Lunatic asylums Bombay report 1878-1890 - 1878-1890
Year: 1878
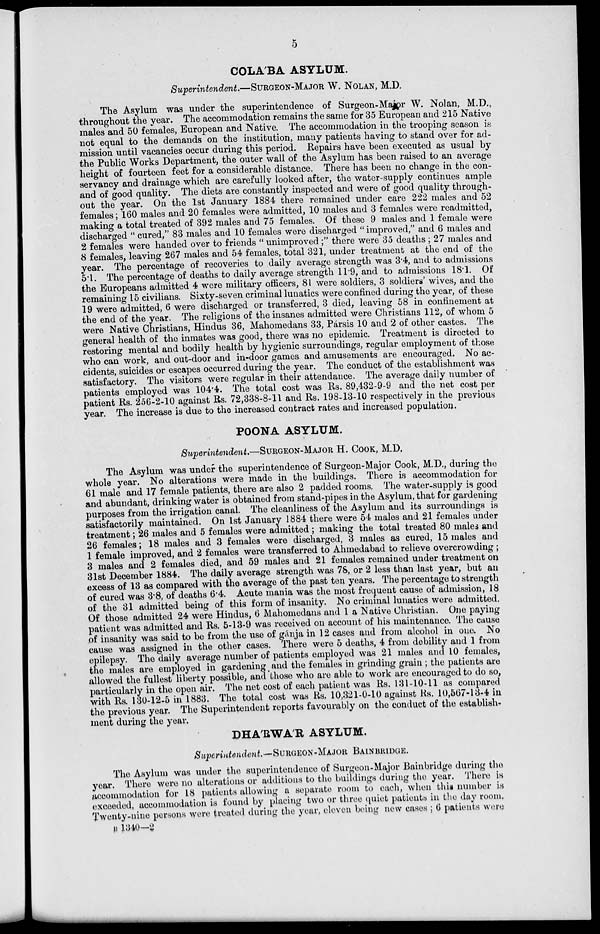
5
COLA'BA ASYLUM.
Superintendent.—SURGEON-MAJOR W. NOLAN, M.D.
The Asylum was under the superintendence of Surgeon-Major W. Nolan, M.D.,
throughout the year. The accommodation remains the same for 35 European and 215 Native
males and 50 females, European and Native. The accommodation in the trooping season is
not equal to the demands on the institution, many patients having to stand over for ad-
mission until vacancies occur during this period. Repairs have been executed as usual by
the Public Works Department, the outer wall of the Asylum has been raised to an average
height of fourteen feet for a considerable distance. There has been no change in the con-
servancy and drainage which are carefully looked after, the water-supply continues ample
and of good quality. The diets are constantly inspected and were of good quality through-
out the year. On the 1st January 1884 there remained under care 222 males and 52
females; 160 males and 20 females were admitted, 10 males and 3 females were readmitted,
making a total treated of 392 males and 75 females. Of these 9 males and 1 female were
discharged " cured," 83 males and 10 females were discharged " improved," and 6 males and
2 females were handed over to friends " unimproved;" there were 35 deaths ; 27 males and
8 females, leaving 267 males and 54 females, total 321, under treatment at the end of the
year. The percentage of recoveries to daily average strength was 3.4, and to admissions
5.1. The percentage of deaths to daily average strength 11.9, and to admissions 18.1. Of
the Europeans admitted 4 were military officers, 81 were soldiers, 3 soldiers' wives, and the
remaining 15 civilians. Sixty-seven criminal lunatics were confined during the year, of these
19 were admitted, 6 were discharged or transferred, 3 died, leaving 58 in confinement at
the end of the year. The religions of the insanes admitted were Christians 112, of whom 5
were Native Christians, Hindus 36, Mahomedans 33, Pársis 10 and 2 of other castes. The
general health of the inmates was good, there was no epidemic. Treatment is directed to
restoring mental and bodily health by hygienic surroundings, regular employment of those
who can work, and out-door and in-door games and amusements are encouraged, No ac-
cidents, suicides or escapes occurred during the year. The conduct of the establishment was
satisfactory. The visitors were regular in their attendance. The average daily number of
patients employed was 104.4. The total cost was Rs. 89,432-9-9 and the net cost per
patient Rs. 256-2-10 against Rs. 72,338-8-11 and Rs. 198-13-10 respectively in the previous
year. The increase is due to the increased contract rates and increased population.
POONA ASYLUM.
Superintendent.—SURGEON-MAJOR H. COOK, M.D.
The Asylum was under the superintendence of Surgeon-Major Cook, M.D., during the
whole year. No alterations were made in the buildings. There is accommodation for
61 male and 17 female patients, there are also 2 padded rooms, The water-supply is good
and abundant, drinking water is obtained from stand-pipes in the Asylum, that for gardening
purposes from the irrigation canal. The cleanliness of the Asylum and its surroundings is
satisfactorily maintained. On 1st January 1884 there were 54 males and 21 females under
treatment; 26 males and 5 females were admitted ; making the total treated 80 males and
26 females; 18 males and 3 females were discharged, 3 males as cured, 15 males and
1 female improved, and 2 females were transferred to Ahmedabad to relieve overcrowding ;
3 males and 2 females died, and 59 males and 21 females remained under treatment on
31st December 1884. The daily average strength was 78, or 2 less than last year, but an
excess of 13 as compared with the average of the past ten years. The percentage to strength
of cured was 3.8, of deaths 6.4. Acute mania was the most frequent cause of admission, 18
of the 31 admitted being of this form of insanity. No criminal lunatics were admitted.
Of those admitted 24 were Hindus, 6 Mahomedans and 1 a Native Christian. One paying
patient was admitted and Rs. 5-13-9 was received on account of his maintenance. The cause
of insanity was said to be from the use of gánja in 12 cases and from alcohol in one. No
cause was assigned in the other cases. There were 5 deaths, 4 from debility and 1 from
epilepsy. The daily average number of patients employed was 21 males and 10 females,
the males are employed in gardening and the females in grinding grain ; the patients are
allowed the fullest liberty possible, and those who are able to work are encouraged to do so,
particularly in the open air. The net cost of each patient was Rs. 131-10-11 as compared
with Rs. 130-12-5 in 1883. The total cost was Rs. 10,321-0-10 against Rs. 10,567-13-4 in
the previous year. The Superintendent reports favourably on the conduct of the establish-
ment during the year.
DHA'RWA'R ASYLUM.
Superintendent.—SURGEON-MAJOR BAINBRIDGE.
The Asylum was under the superintendence of Surgeon-Major Bainbridge during the
year. There were no alterations or additions to the buildings during the year. There is
accommodation for 18 patients allowing a separate room to each, when this number is
exceeded, accommodation is found by placing two or three quiet patients in the day room.
Twenty-nine persons were treated during the year, eleven being new cases ; 6 patients were
B 1340—2